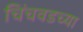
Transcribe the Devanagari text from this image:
चिंचवडच्या